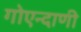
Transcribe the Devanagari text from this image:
गोएन्दाणी